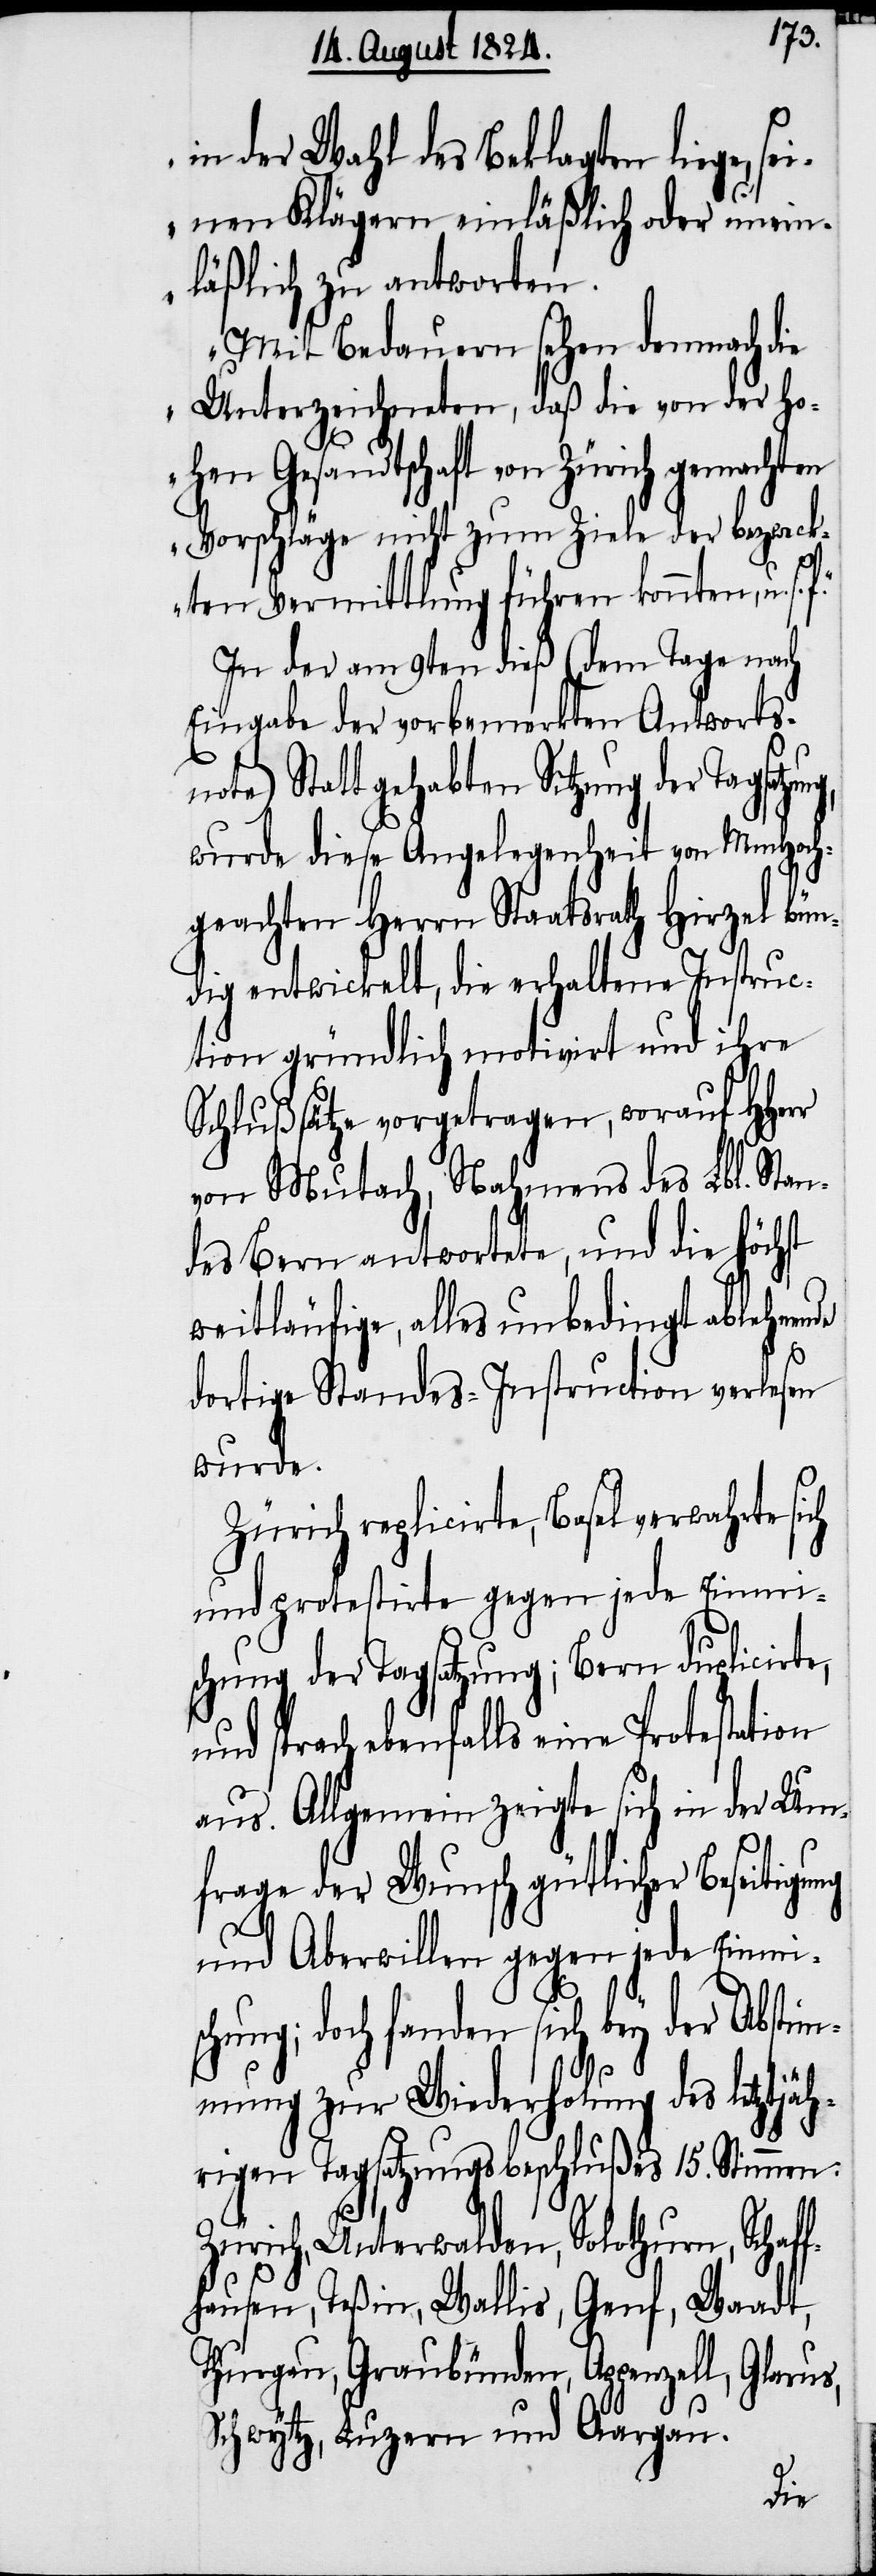
in der Wahl des Beklagten liege, se¬
inen Klägern einläßlich oder unein¬
läßlich zu antworten.
Mit Bedauern sehen demnach die
Unterzeichneten, daß die von der Ho¬
hen Gesandtschaft von Zürich
Vorschläge nicht zum Ziele der bezweck¬
ten Vermittlung führen konnten, u. s.
In der am 9ten dieß (dem Tage nach
Eingabe der vorbemerkten Antwortsn¬
ote) Statt gehabten Sitzung der
wurde diese Angelegenheit von MmHoch¬
geachten Herren Staatsrath Hirzel bün¬
dig entwickelt, die erhaltene Instruc¬
tion gründlich motivirt und ihre
Schlußsätze vorgetragen, worauf HHerr
von Mutach, Nahmens des Lbl. Stan¬
des Bern antwortete, und die höchst
weitläufige, alles unbedingt ablehnen¬
dortige Standes-Instruction verlesen
wurde.
Zürich replicirte, Basel verwahrte sich
und protestirte gegen jede Einmi¬
schung der Tagsatzung; Bern duplicirte,
und sprach ebenfalls eine Protestation
aus. Allgemein zeigte sich in der Um¬
frage der Wunsch gütlicher Beseitigung
und Aberwillen gegen jede Einmisc¬
hung; doch fanden sich bey der Absti¬
mmung zur Wiederholung des letztjä¬
hrigen Tagsatzungsbeschlußes 15. Stimmen:
Zürich, Unterwalden, Solothurn, Schaf¬
fhausen, Teßin, Wallis, Genf, Waadt,
Thurgau, Graubünden, Appenzell, Glarus,
Schwytz, Luzern und Aargau.
den